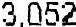
3,052